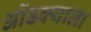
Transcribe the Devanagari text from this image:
ओंडक्याला